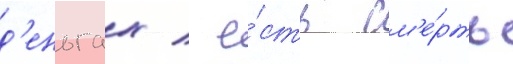
д'еньгах / е́сть см'е́рть